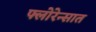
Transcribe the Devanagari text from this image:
फ्लोरेन्सात